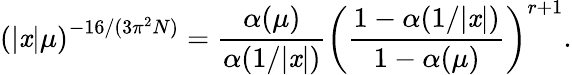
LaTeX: \left(|\mathit{x}|\mu\right)^{-16/(3\pi^{2}N)}={\frac{{\alpha(\mu)}}{{\alpha(1/|\mathit{x}|)}}}\left({\frac{{1-\alpha(1/|\mathit{x}|)}}{{1-\alpha(\mu)}}}\right)^{r+1}.